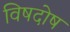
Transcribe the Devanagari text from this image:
विषदोष